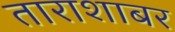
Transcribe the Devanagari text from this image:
ताराशाबर